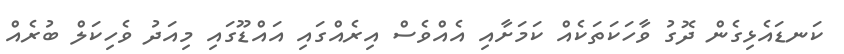
ކަނޑައެޅިގެން ދޮގު ވާހަކަތަކެއް ކަމަށާއި އެއްވެސް އިރެއްގައި އައްޑޫގައި މިއަދު ވެހިކަލް ބުރެއް